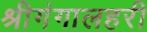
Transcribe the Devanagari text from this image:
श्रीगंगालहरी